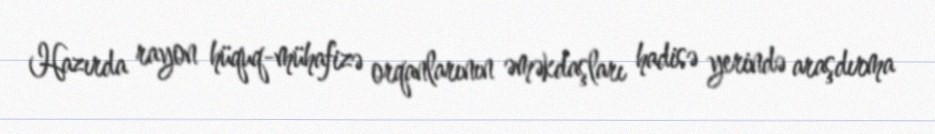
Hazırda rayon hüquq-mühafizə orqanlarının əməkdaşları hadisə yerində araşdırma